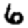
Digit: 6